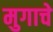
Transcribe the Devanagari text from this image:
मुगाचे